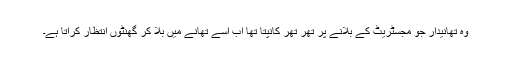
وہ تھانیدار جو مجسٹریٹ کے بلانے پر تھر تھر کانپتا تھا اب اسے تھانے میں بلا کر گھنٹوں انتظار کراتا ہے۔